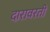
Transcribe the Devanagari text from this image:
दारावरती